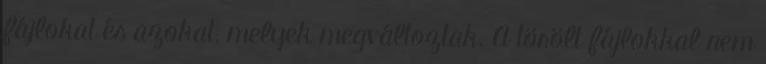
fájlokat és azokat, melyek megváltoztak. A törölt fájlokkal nem